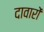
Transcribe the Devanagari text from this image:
दावारों